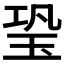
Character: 𤤶